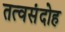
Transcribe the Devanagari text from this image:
तत्वसंदोह